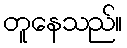
တူနေသည်။